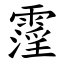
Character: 霪